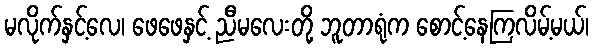
မလိုက်နှင့်လေ၊ ဖေဖေနှင့် ညီမလေးတို့ ဘူတာရုံက စောင့်နေကြလိမ့်မယ်၊